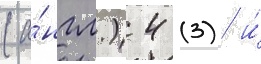
(а́нгл.) 4 (3) и́